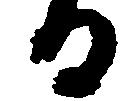
る